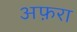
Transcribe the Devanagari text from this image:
अफ़रा